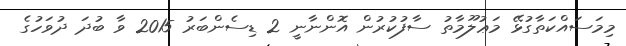
މިމަސައްކަތާގުޅޭ މަޢުލޫމާތު ސާފުކުރުން އޮންނާނީ 2 ޑިސެންބަރު 2015 ވާ ބުދަ ދުވަހުގެ